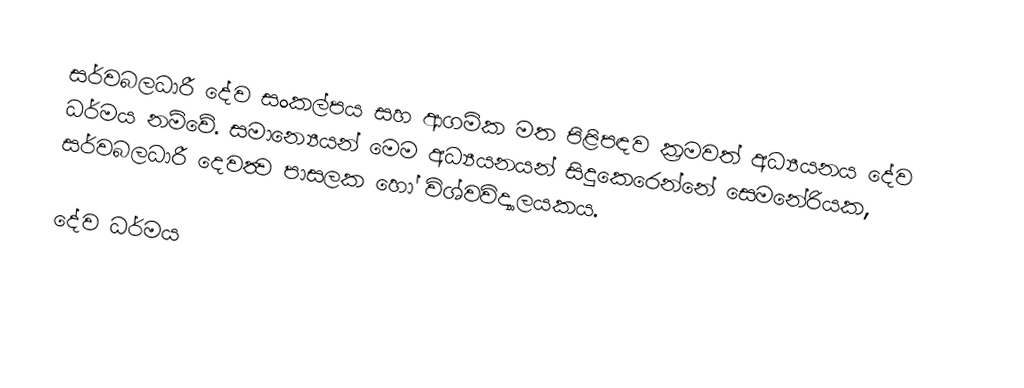
සර්වබලධාරී දේව සංකල්පය සහ ආගමික මත පිළිපඳව ක්‍රමවත් අධ්‍යයනය දේව ධර්මය නම්වේ. සමාන්‍යෙයන් මෙම අධ්‍යයනයන් සිදුකෙරෙන්නේ සෙමනේරියක, සර්වබලධාරී දෙවත්‍ව පාසලක හෝ විශ්වවිද්‍යාලයකය.

දේව ධර්මය